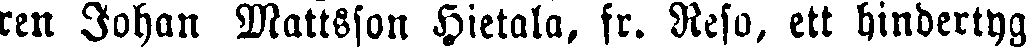
ren Johan Mattsson Hietala, fr. Refo, ett hindertyg